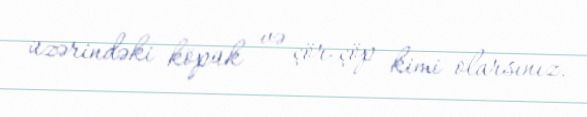
üzərindəki köpük və çör-çöp kimi olarsınız.